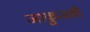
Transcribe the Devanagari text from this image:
जाकुज्जी